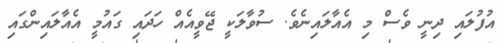
އުފުލައި ދިނީ ވެސް މި އެއާލައިނެވެ. ސުވާލަކީ ޖޭވީއެއް ހަދައި ގައުމީ އެއާލައިންގައި